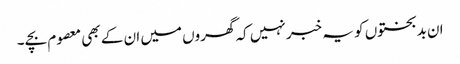
ان بدبختوں کو یہ خبر نہیں کہ گھروں میں ان کے بھی معصوم بچے ۔